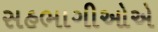
સહભાગીઓએ